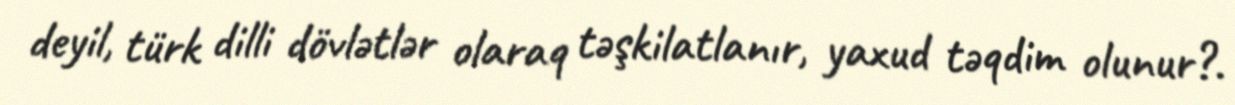
deyil, türk dilli dövlətlər olaraq təşkilatlanır, yaxud təqdim olunur?.